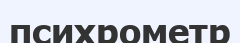
психрометр